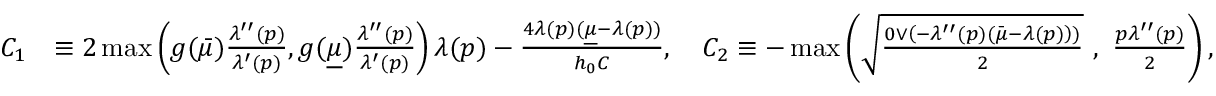
\begin{array} { r l } { C _ { 1 } } & { \equiv 2 \operatorname* { m a x } \left( g ( \bar { \mu } ) \frac { \lambda ^ { \prime \prime } ( p ) } { \lambda ^ { \prime } ( p ) } , g ( \underline { { \mu } } ) \frac { \lambda ^ { \prime \prime } ( p ) } { \lambda ^ { \prime } ( p ) } \right) \lambda ( p ) - \frac { 4 \lambda ( p ) ( \underline { { \mu } } - \lambda ( p ) ) } { h _ { 0 } C } , \quad C _ { 2 } \equiv - \operatorname* { m a x } \left( \sqrt { \frac { 0 \vee \left( - \lambda ^ { \prime \prime } ( p ) ( \bar { \mu } - \lambda ( p ) \right) ) } { 2 } } ~ , ~ \frac { p \lambda ^ { \prime \prime } ( p ) } { 2 } \right) , } \end{array}